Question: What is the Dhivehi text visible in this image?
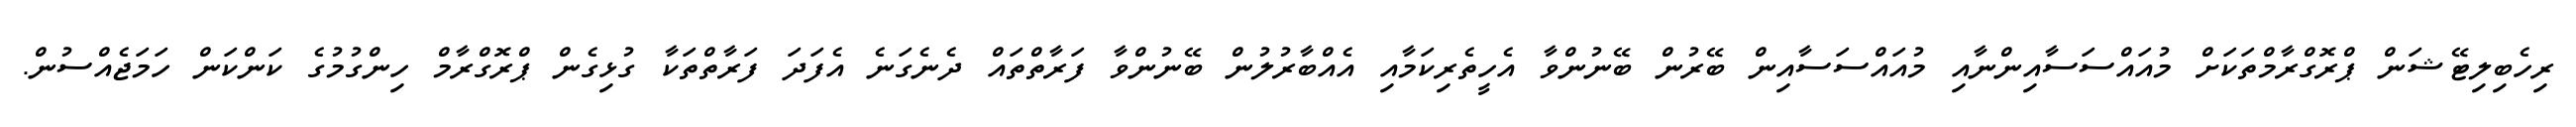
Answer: ރިހެބިލިޓޭޝަން ޕްރޮގްރާމްތަކަށް މުއައްސަސާއިންނާއި މުއައްސަސާއިން ބޭރުން ބޭނުންވާ އެހީތެރިކަމާއި އެއްބާރުލުން ބޭނުންވާ ފަރާތްތައް ދެނެގަނެ އެފަދަ ފަރާތްތަކާ ގުޅިގެން ޕްރޮގްރާމް ހިންގުމުގެ ކަންކަން ހަމަޖެއްސުން.